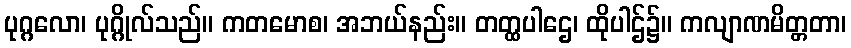
ပုဂ္ဂလော၊ ပုဂ္ဂိုလ်သည်။ ကတမောစ၊ အဘယ်နည်း။ တတ္ထပါဌေ၊ ထိုပါဌ်၌။ ကလျာဏမိတ္တတာ၊